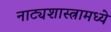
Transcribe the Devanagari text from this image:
नाट्यशास्त्रामध्ये